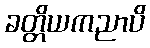
ခတ္တိယကညာပိ